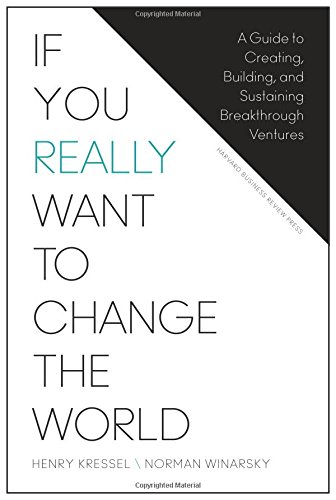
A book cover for If You Really Want to Change the World: A Guide to Creating, Building, and Sustaining Breakthrough Ventures; Henry Kressel; Business & Money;